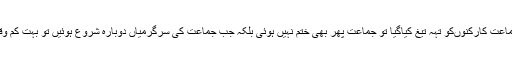
پھر جب1990میں جماعت پر پابندی لگی اور اخوان دور میں سینکڑوں جماعت کارکنوںکو تہہ تیغ کیاگیا تو جماعت پھر بھی ختم نہیں ہوئی بلکہ جب جماعت کی سرگرمیاں دوبارہ شروع ہوئیں تو بہت کم وقت میں جماعت دوبار ہ منظم ہوگئی اور ایک تحریک کی شکل اختیار کی ۔